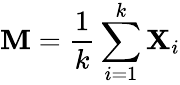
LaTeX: \mathbf{M}={\frac{1}{k}}\sum_{i=1}^{k}\mathbf{X}_{i}